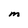
Character: M